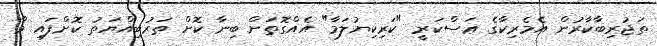
ތަޖުރިބާކާރުން އެމެރިކާގެ ޢަސްކަރީ "ކަރިކިޔުލަމާ" އެއްގޮތަށް ބިނާ ކޮށް ތަރުބިއްޔަތު ކޮށްފައި ވާ